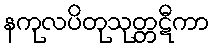
နကုလပိတုသုတ္တဋီကာ